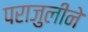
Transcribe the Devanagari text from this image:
पराजुलीने